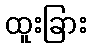
ထူးခြား